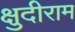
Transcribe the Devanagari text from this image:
क्षुदीराम